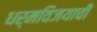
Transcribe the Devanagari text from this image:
धर्मविजयाची